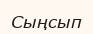
Сыңсып